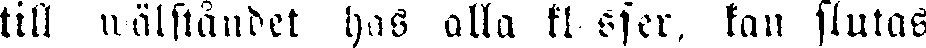
till wälståndet hos alla kl sfer, kan slutas